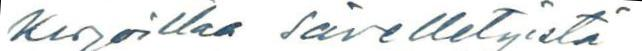
kirjoittaa sävelletyistä